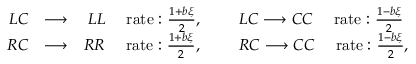
\begin{array} { r l r } { L C } & { \longrightarrow } & { L L \quad \mathrm { \ r a t e : } \ \frac { 1 + b \xi } { 2 } , \qquad \ L C \longrightarrow C C \quad \mathrm { \ r a t e : } \ \frac { 1 - b \xi } { 2 } \ } \\ { R C } & { \longrightarrow } & { R R \quad \mathrm { \ r a t e : } \ \frac { 1 + b \xi } { 2 } , \qquad \ R C \longrightarrow C C \quad \mathrm { \ r a t e : } \ \frac { 1 - b \xi } { 2 } , } \end{array}